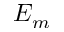
E _ { m }